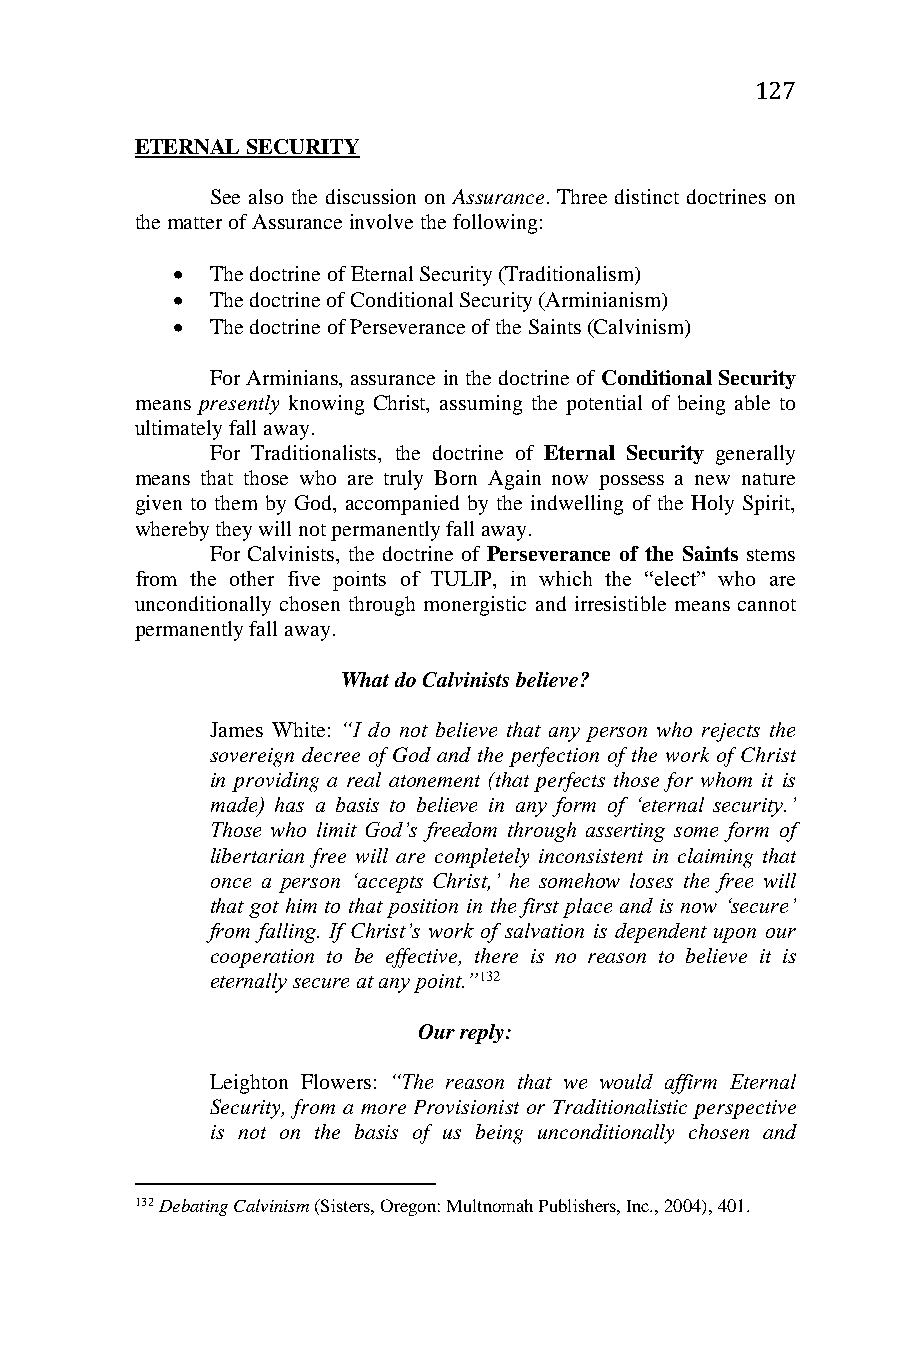
127
 ETERNAL SECURITY
 See also the discussion on Assurance. Three distinct doctrines on
 the matter of Assurance involve the following:
   The doctrine of Eternal Security (Traditionalism)
   The doctrine of Conditional Security (Arminianism)
   The doctrine of Perseverance of the Saints (Calvinism)
 For Arminians, assurance in the doctrine of Conditional Security
 means presently knowing Christ, assuming the potential of being able to
 ultimately fall away.
 For Traditionalists, the doctrine of Eternal Security generally
 means that those who are truly Born Again now possess a new nature
 given to them by God, accompanied by the indwelling of the Holy Spirit,
 whereby they will not permanently fall away.
 For Calvinists, the doctrine of Perseverance of the Saints stems
 from the other five points of TULIP, in which the “elect” who are
 unconditionally chosen through monergistic and irresistible means cannot
 permanently fall away.
 What do Calvinists believe?
 James White: “I do not believe that any person who rejects the
 sovereign decree of God and the perfection of the work of Christ
 in providing a real atonement (that perfects those for whom it is
 made) has a basis to believe in any form of ‘eternal security.’
 Those who limit God’s freedom through asserting some form of
 libertarian free will are completely inconsistent in claiming that
 once a person ‘accepts Christ,’ he somehow loses the free will
 that got him to that position in the first place and is now ‘secure’
 from falling. If Christ’s work of salvation is dependent upon our
 cooperation to be effective, there is no reason to believe it is
 eternally secure at any point.”132
 Our reply:
 Leighton Flowers: “The reason that we would affirm Eternal
 Security, from a more Provisionist or Traditionalistic perspective
 is not on the basis of us being unconditionally chosen and
 132 Debating Calvinism (Sisters, Oregon: Multnomah Publishers, Inc., 2004), 401.